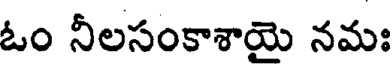
ఓం నీలసంకాశాయై నమః